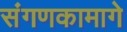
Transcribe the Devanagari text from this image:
संगणकामागे